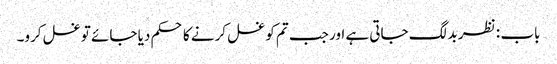
باب : نظر بد لگ جاتی ہے اور جب تم کو غسل کرنے کا حکم دیا جائے تو غسل کرو۔